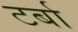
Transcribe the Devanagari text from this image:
टर्बा